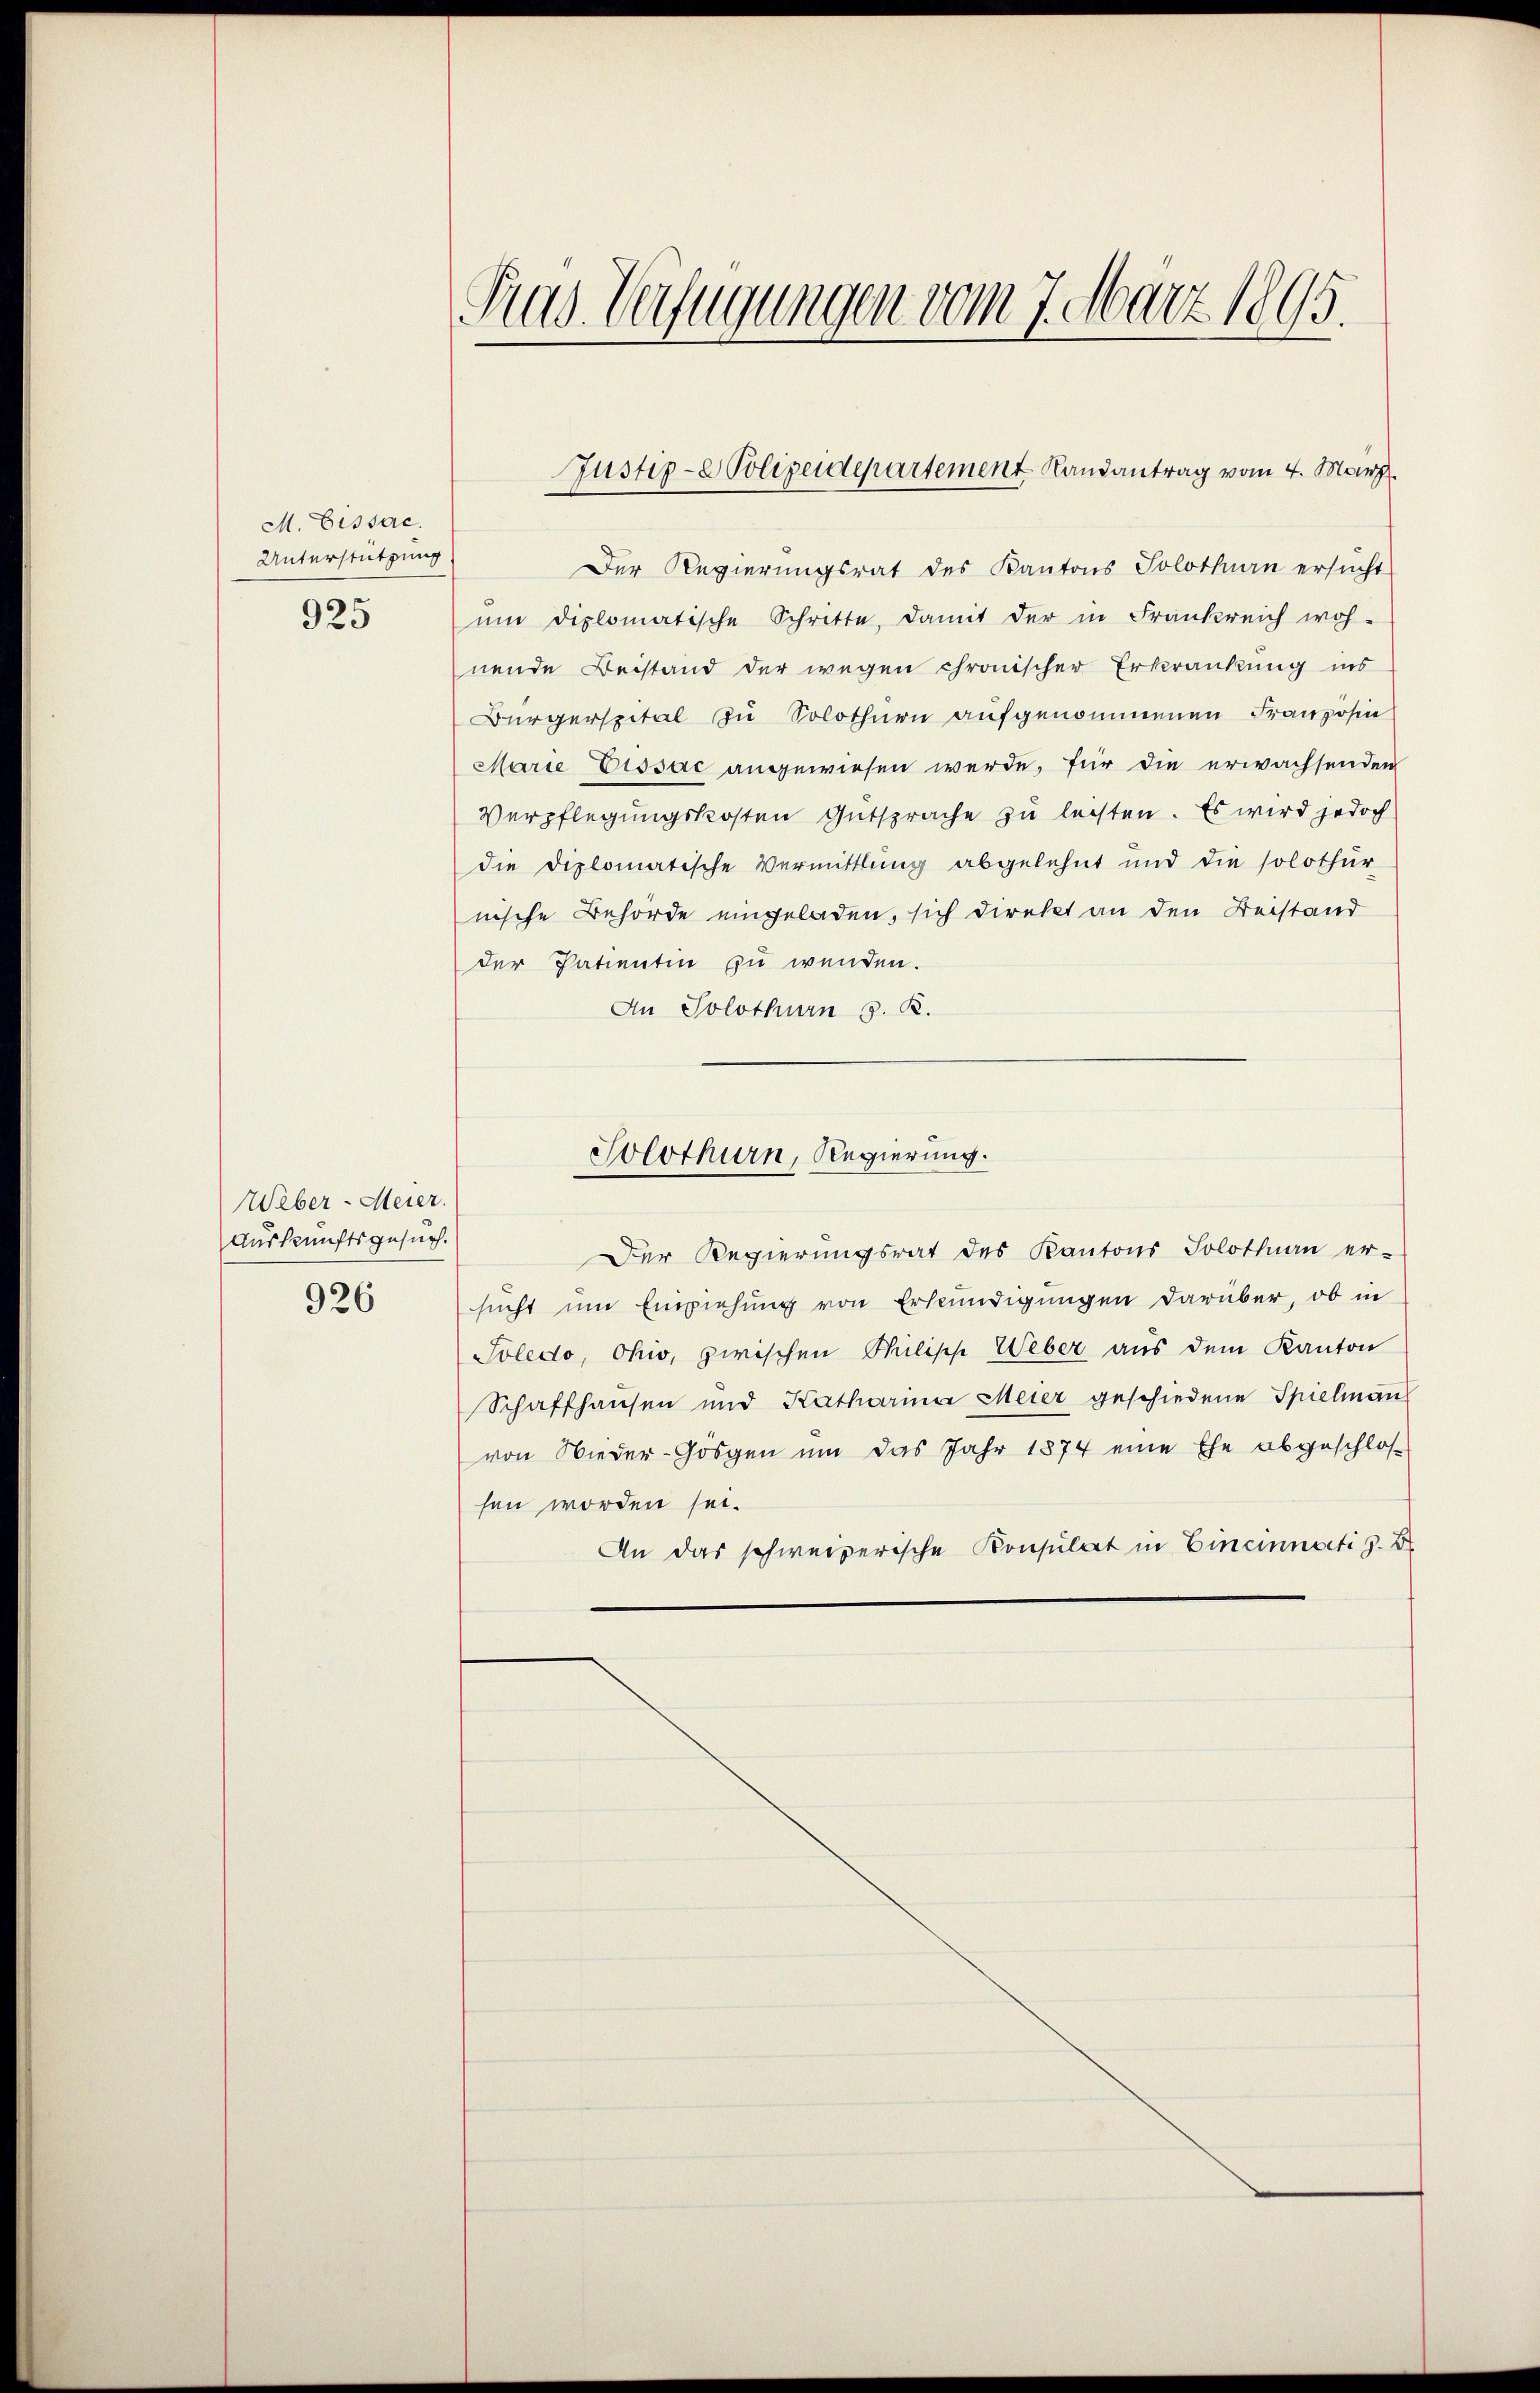
M. Eissac
Unterstützung
925

Weber-Meier.
Auskunftsgesuch.
926

Der Regierungsrat des Kantons Solothurn ersŭcht
ŭm diplomatische Schritte, damit der in Frankreich woh-
nende Beistand der wegen chronischer Erkrankung ins
Bürgerspital zu Solothurn aufgenommenen Französin
Marie Eissac angewiesen werde, für die erwachsenden
Verpflegungskosten Gutsprache zu leisten. Es wird jedoch
die Diplomatische Vermittlung abgelehnt und die solothur
nische Behörde eingeladen, sich direkt an den Beistand
der Patientin zu wenden.
An Solothurn 8. R.
Solothurn, Regierung.

Tas Verfügungen vom 7. März 1895.

Justiz- & Polizeidepartement Landantrag vom 4. März.

Der Regierungsrat des Kantons Solothurn er-
sucht um Einziehung von Erkundigungen darüber, ob in
Soledo, Ohio, zwischen Philipp Weber aus dem Kanton
Schaffhausen und Katharina Meier geschiedene Spielman
von Wieder-Gosgen um das Jahr 1874 eine Ehe abgeschlos
sen worden sei.
An das schweizerische Konsulat in Eincinnacti z. B.